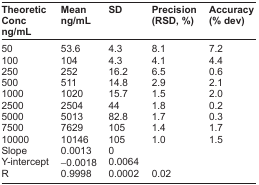
| Theoretic Conc ng/mL | Mean ng/mL | SD | Precision (RSD, %) | Accuracy (% dev) |
 | --- | --- | --- | --- | --- |
 | 50 | 53.6 | 4.3 | 8.1 | 7.2 |
 | 100 | 104 | 4.3 | 4.1 | 4.4 |
 | 250 | 252 | 16.2 | 6.5 | 0.6 |
 | 500 | 511 | 14.8 | 2.9 | 2.1 |
 | 1000 | 1020 | 15.7 | 1.5 | 2.0 |
 | 2500 | 2504 | 44 | 1.8 | 0.2 |
 | 5000 | 5013 | 82.8 | 1.7 | 0.3 |
 | 7500 | 7629 | 105 | 1.4 | 1.7 |
 | 10000 | 10146 | 105 | 1.0 | 1.5 |
 | Slope | 0.0013 | 0 |  |  |
 | Y-intercept | −0.0018 | 0.0064 |  |  |
 | R | 0.9998 | 0.0002 | 0.02 |  |